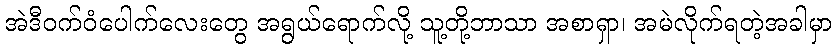
အဲဒီဝက်ဝံပေါက်လေးတွေ အရွယ်ရောက်လို့ သူ့တို့ဘာသာ အစာရှာ၊ အမဲလိုက်ရတဲ့အခါမှာ